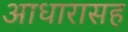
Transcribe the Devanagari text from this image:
आधारासह